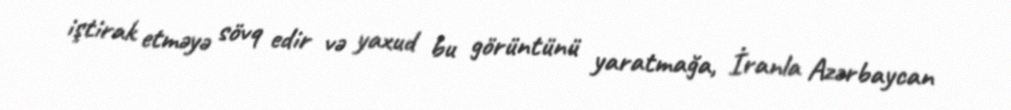
iştirak etməyə sövq edir və yaxud bu görüntünü yaratmağa, İranla Azərbaycan